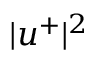
| u ^ { + } | ^ { 2 }